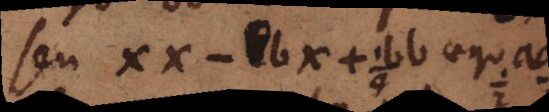
seu xx-bx+.bb aequ aa